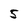
Character: 5